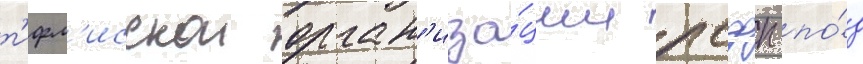
т'ифл'исскои орган'иза́ции рсдрп по́д